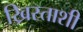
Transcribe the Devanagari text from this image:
ख्रिस्ताशी